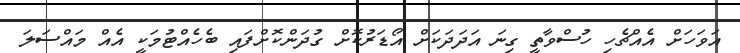
އަވަހަށް އެއްޗެހި ހުސްވާތީ ގިނަ އަދަދަކަށް އޯޑަރުކޮށް ގުދަންކޮށްފައި ބެހެއްޓުމަކީ އެއް މައްސަލަ